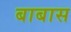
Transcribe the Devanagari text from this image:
बाबास